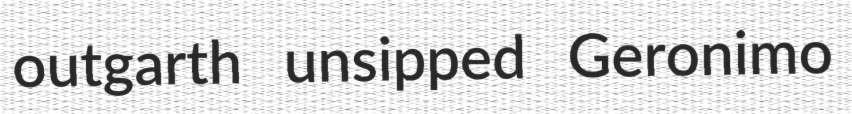
outgarth unsipped Geronimo